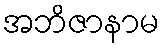
အဘိဇာနာမ